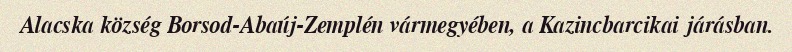
Alacska község Borsod-Abaúj-Zemplén vármegyében, a Kazincbarcikai járásban.